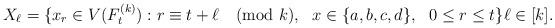
LaTeX: \begin{align*}X_{\ell}=\{x_r\in V(F^{(k)}_t): r\equiv t+\ell \pmod k,~~ x\in \{a,b,c,d\}, ~~0\le r\le t \} \ell\in [k].\end{align*}